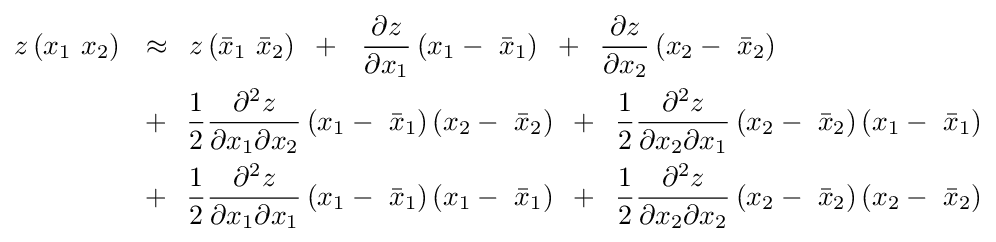
{\begin{aligned}&z\left({x_{1}\,\,x_{2}}\right)\,\,\,\,\approx \,\,\,z\left({{\bar {x}}_{1}\,\,{\bar {x}}_{2}}\right)\,\,\,+\,\,\,\,{{\partial z} \over {\partial x_{1}}}\left({x_{1}-\,\,{\bar {x}}_{1}}\right)\,\,\,+\,\,\,{{\partial z} \over {\partial x_{2}}}\left({x_{2}-\,\,{\bar {x}}_{2}}\right)\,\,\,\\&\,\,\,\,\,\,\,\,\,\,\,\,\,\,\,\,\,\,\,\,\,\,\,\,\,\,\,+\,\,\,{1 \over 2}{{\partial ^{2}z} \over {\partial x_{1}\partial x_{2}}}\left({x_{1}-\,\,{\bar {x}}_{1}}\right)\left({x_{2}-\,\,{\bar {x}}_{2}}\right)\,\,\,+\,\,\,{1 \over 2}{{\partial ^{2}z} \over {\partial x_{2}\partial x_{1}}}\left({x_{2}-\,\,{\bar {x}}_{2}}\right)\left({x_{1}-\,\,{\bar {x}}_{1}}\right)\\&\,\,\,\,\,\,\,\,\,\,\,\,\,\,\,\,\,\,\,\,\,\,\,\,\,\,\,+\,\,\,{1 \over 2}{{\partial ^{2}z} \over {\partial x_{1}\partial x_{1}}}\left({x_{1}-\,\,{\bar {x}}_{1}}\right)\left({x_{1}-\,\,{\bar {x}}_{1}}\right)\,\,\,+\,\,\,{1 \over 2}{{\partial ^{2}z} \over {\partial x_{2}\partial x_{2}}}\left({x_{2}-\,\,{\bar {x}}_{2}}\right)\left({x_{2}-\,\,{\bar {x}}_{2}}\right)\end{aligned}}